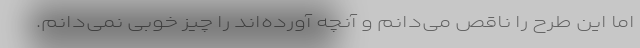
اما این طرح را ناقص می‌دانم و آنچه آورده‌اند را چیز خوبی نمی‌دانم.